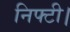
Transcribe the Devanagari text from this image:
निफ्टी।